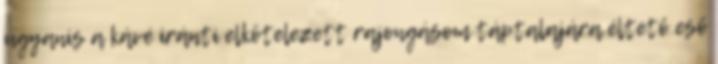
ugyanis a kávé iránti elkötelezett rajongásom táptalajára éltető eső